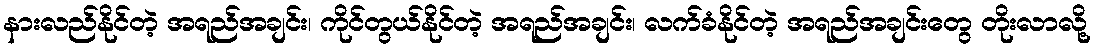
နားလည်နိုင်တဲ့ အရည်အချင်း၊ ကိုင်တွယ်နိုင်တဲ့ အရည်အချင်း၊ လက်ခံနိုင်တဲ့ အရည်အချင်းတွေ တိုးလာလို့